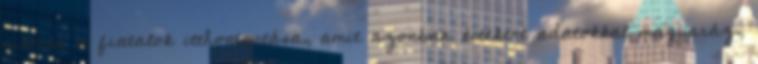
sikeres a fiatalok itthontartása, amit azonban kitekert adatokkal magyaráz,